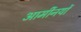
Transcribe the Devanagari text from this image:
आर्मीनयों